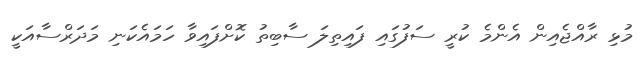
މުޅި ރާއްޖެއިން އެންމެ ކުރީ ސަފުގައި ފައިތިލަ ސާބިތު ކޮށްފައިވާ ހަމައެކަނި މަދަރްސާއަކީ